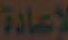
لإعادة